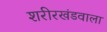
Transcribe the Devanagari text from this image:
शरीरखंडवाला